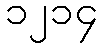
၁၂၁၄